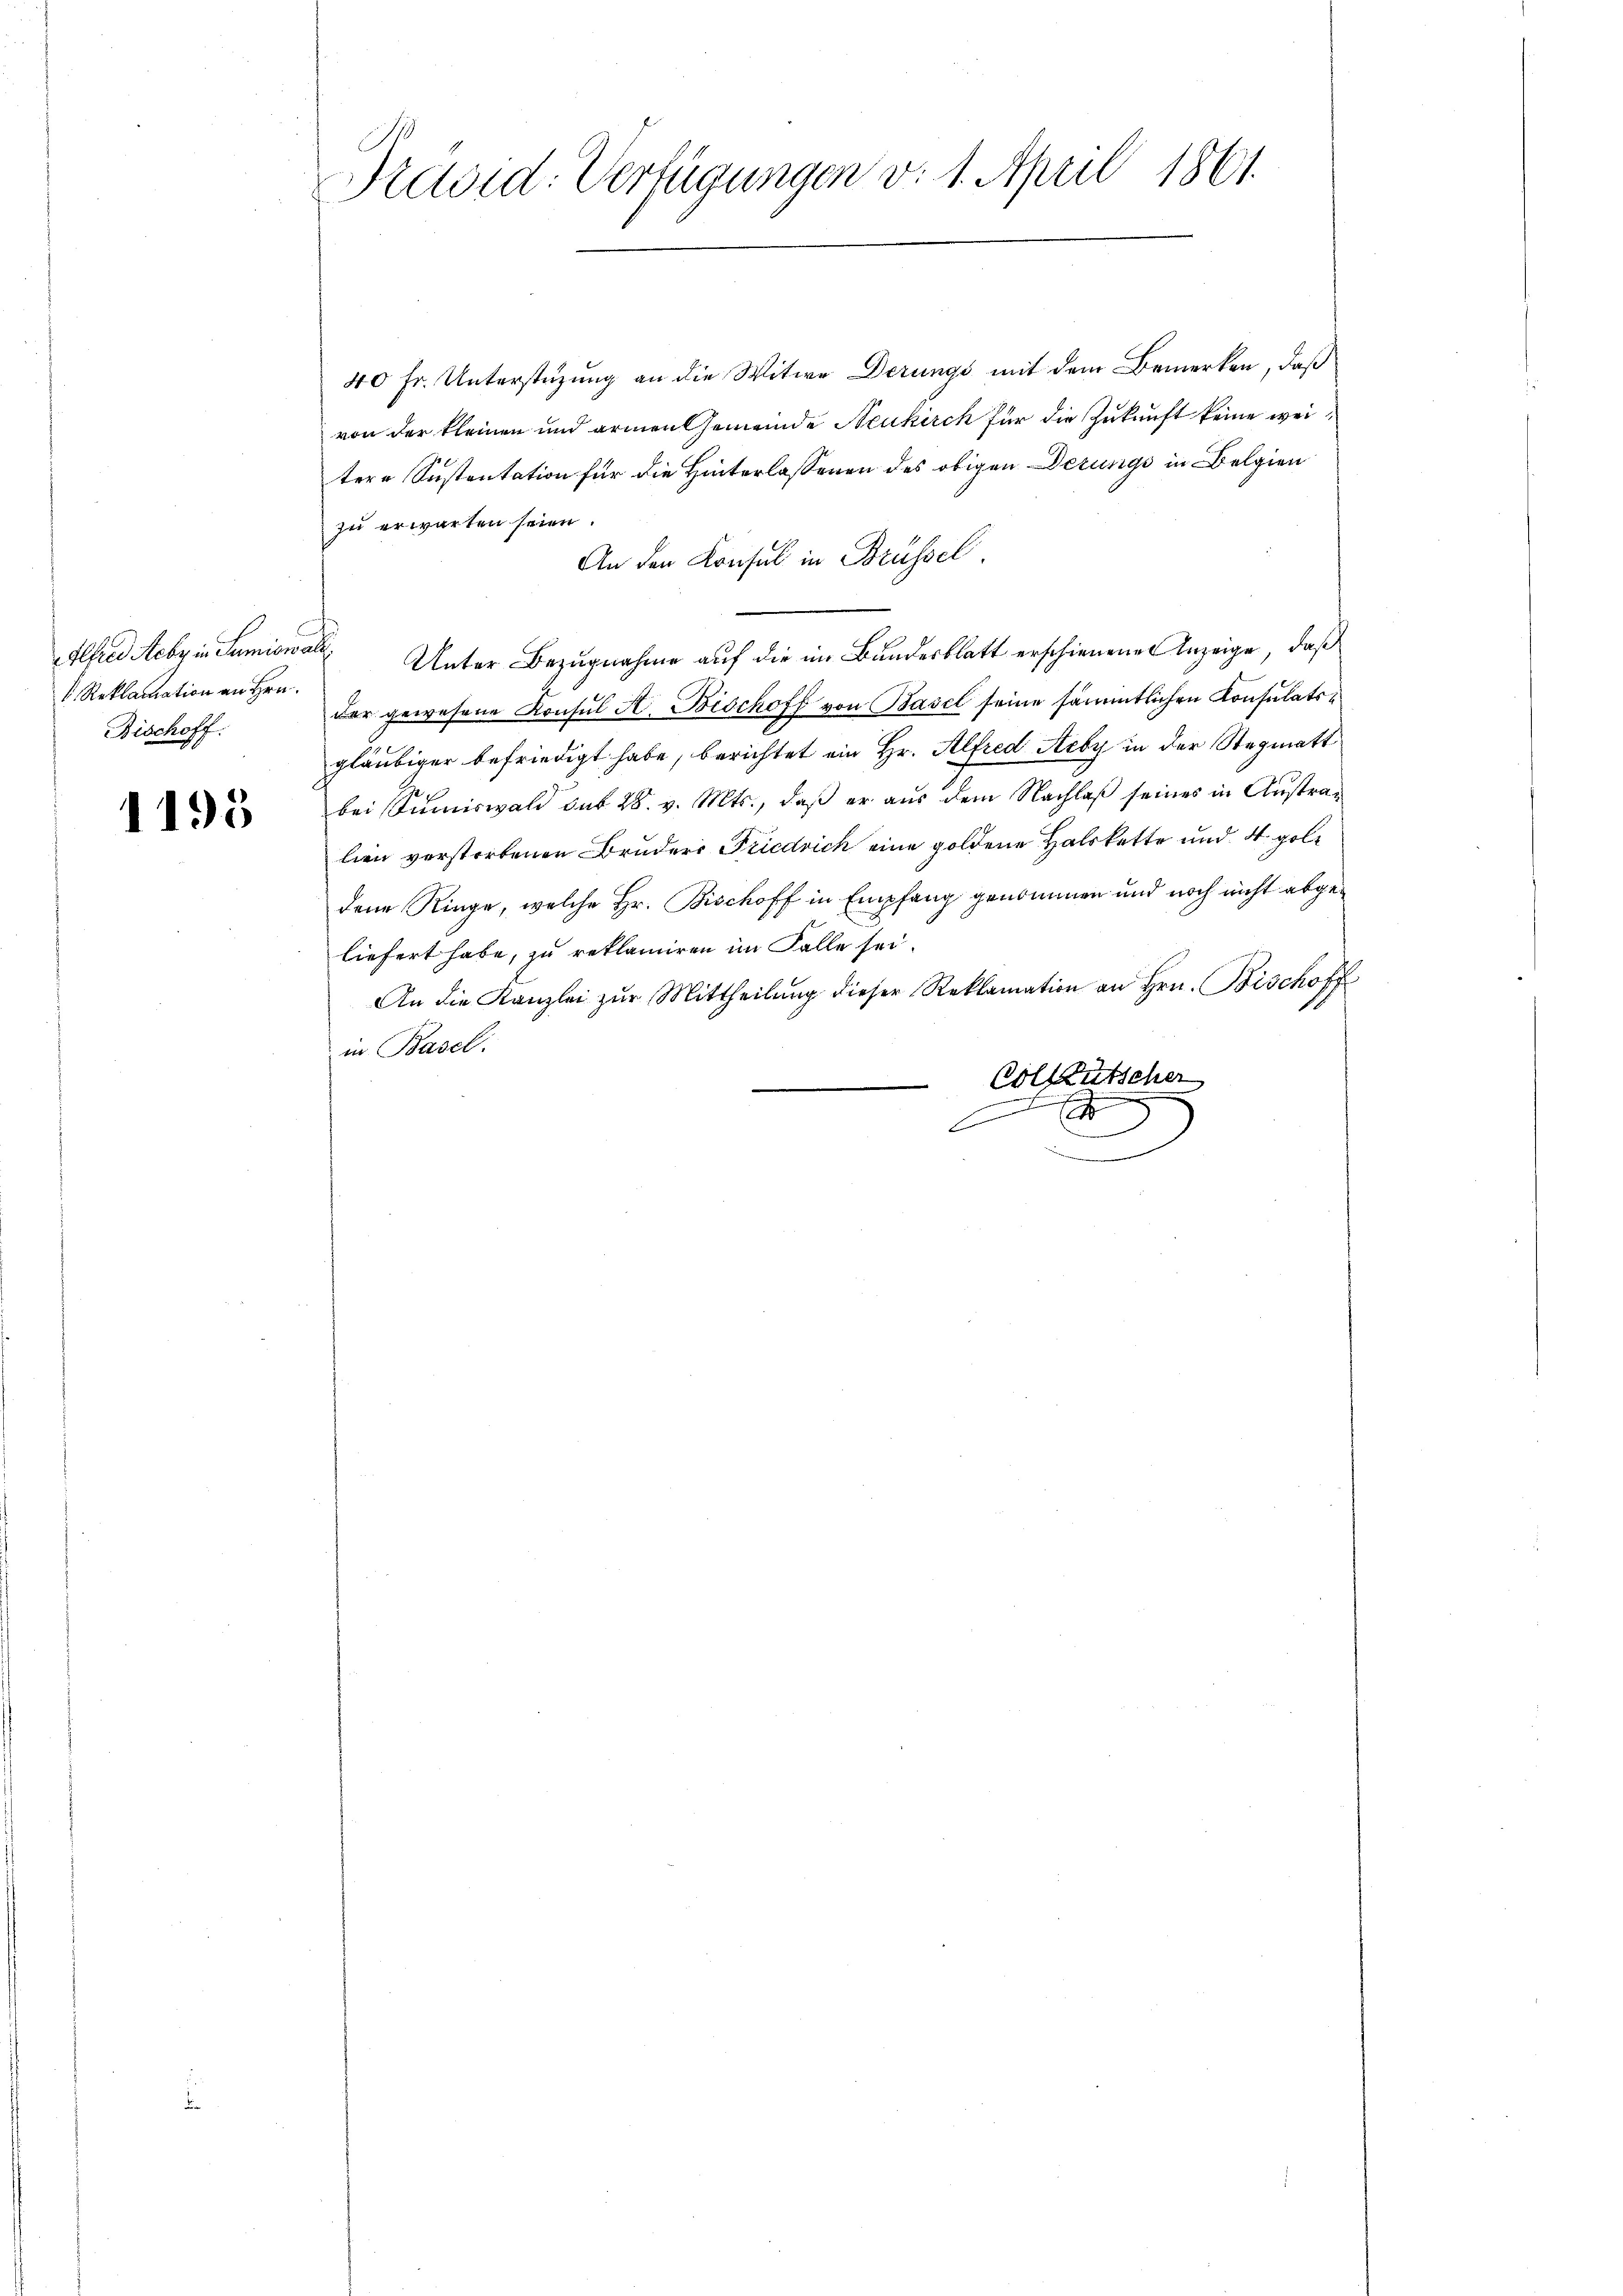
Alfred Heber in Sumiswal
V. Reklamation an Hrn.
Bischoff

1195

Präsid. Verfügungen v. 1. April 1861.

40 Fr. Unterstüzung an die Witwe Derungs mit dem Bemerken, daß
von der kleinen und armen Gemeinde Neukirch für die Zukunft keine weitere Sustentation für die Hinterlassenen des obigen Dezungs in Belgien
zu erwarten seien.
An den Konsul in Brüssel.
Unter Bezugnahme auf die im Bundesblatt erschienene Anzeige, daß
der gewesene Konsul A. Bischoff von Basel seine sämmtlichen Konsulatsgläubiger befriedigt habe, berichtet ein Hr. Alfred Aeby in der Stegmatt
bei Summiswald sub 28. v. Mts., daß er aus dem Nachlaß seines in Australien vorstorbenen Bruders Friedrich eine goldene Halskette und 4 gele
dene Ringe, welche Hr. Bischoff in Empfang genommen und noch nicht abgeliefert habe, zu reklamiren im Falle sei.
An die Kanzlei zŭr Mittheilŭng dieser Reklamation an Hrn. Bischoff
in Basel.
Vollzutscher
2
.